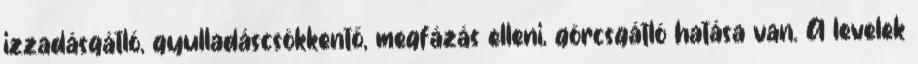
izzadásgátló, gyulladáscsökkentő, megfázás elleni, görcsgátló hatása van. A levelek